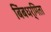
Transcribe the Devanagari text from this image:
बिंबधर्मिता